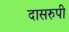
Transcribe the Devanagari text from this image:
दासरुपी